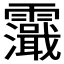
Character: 𩆭